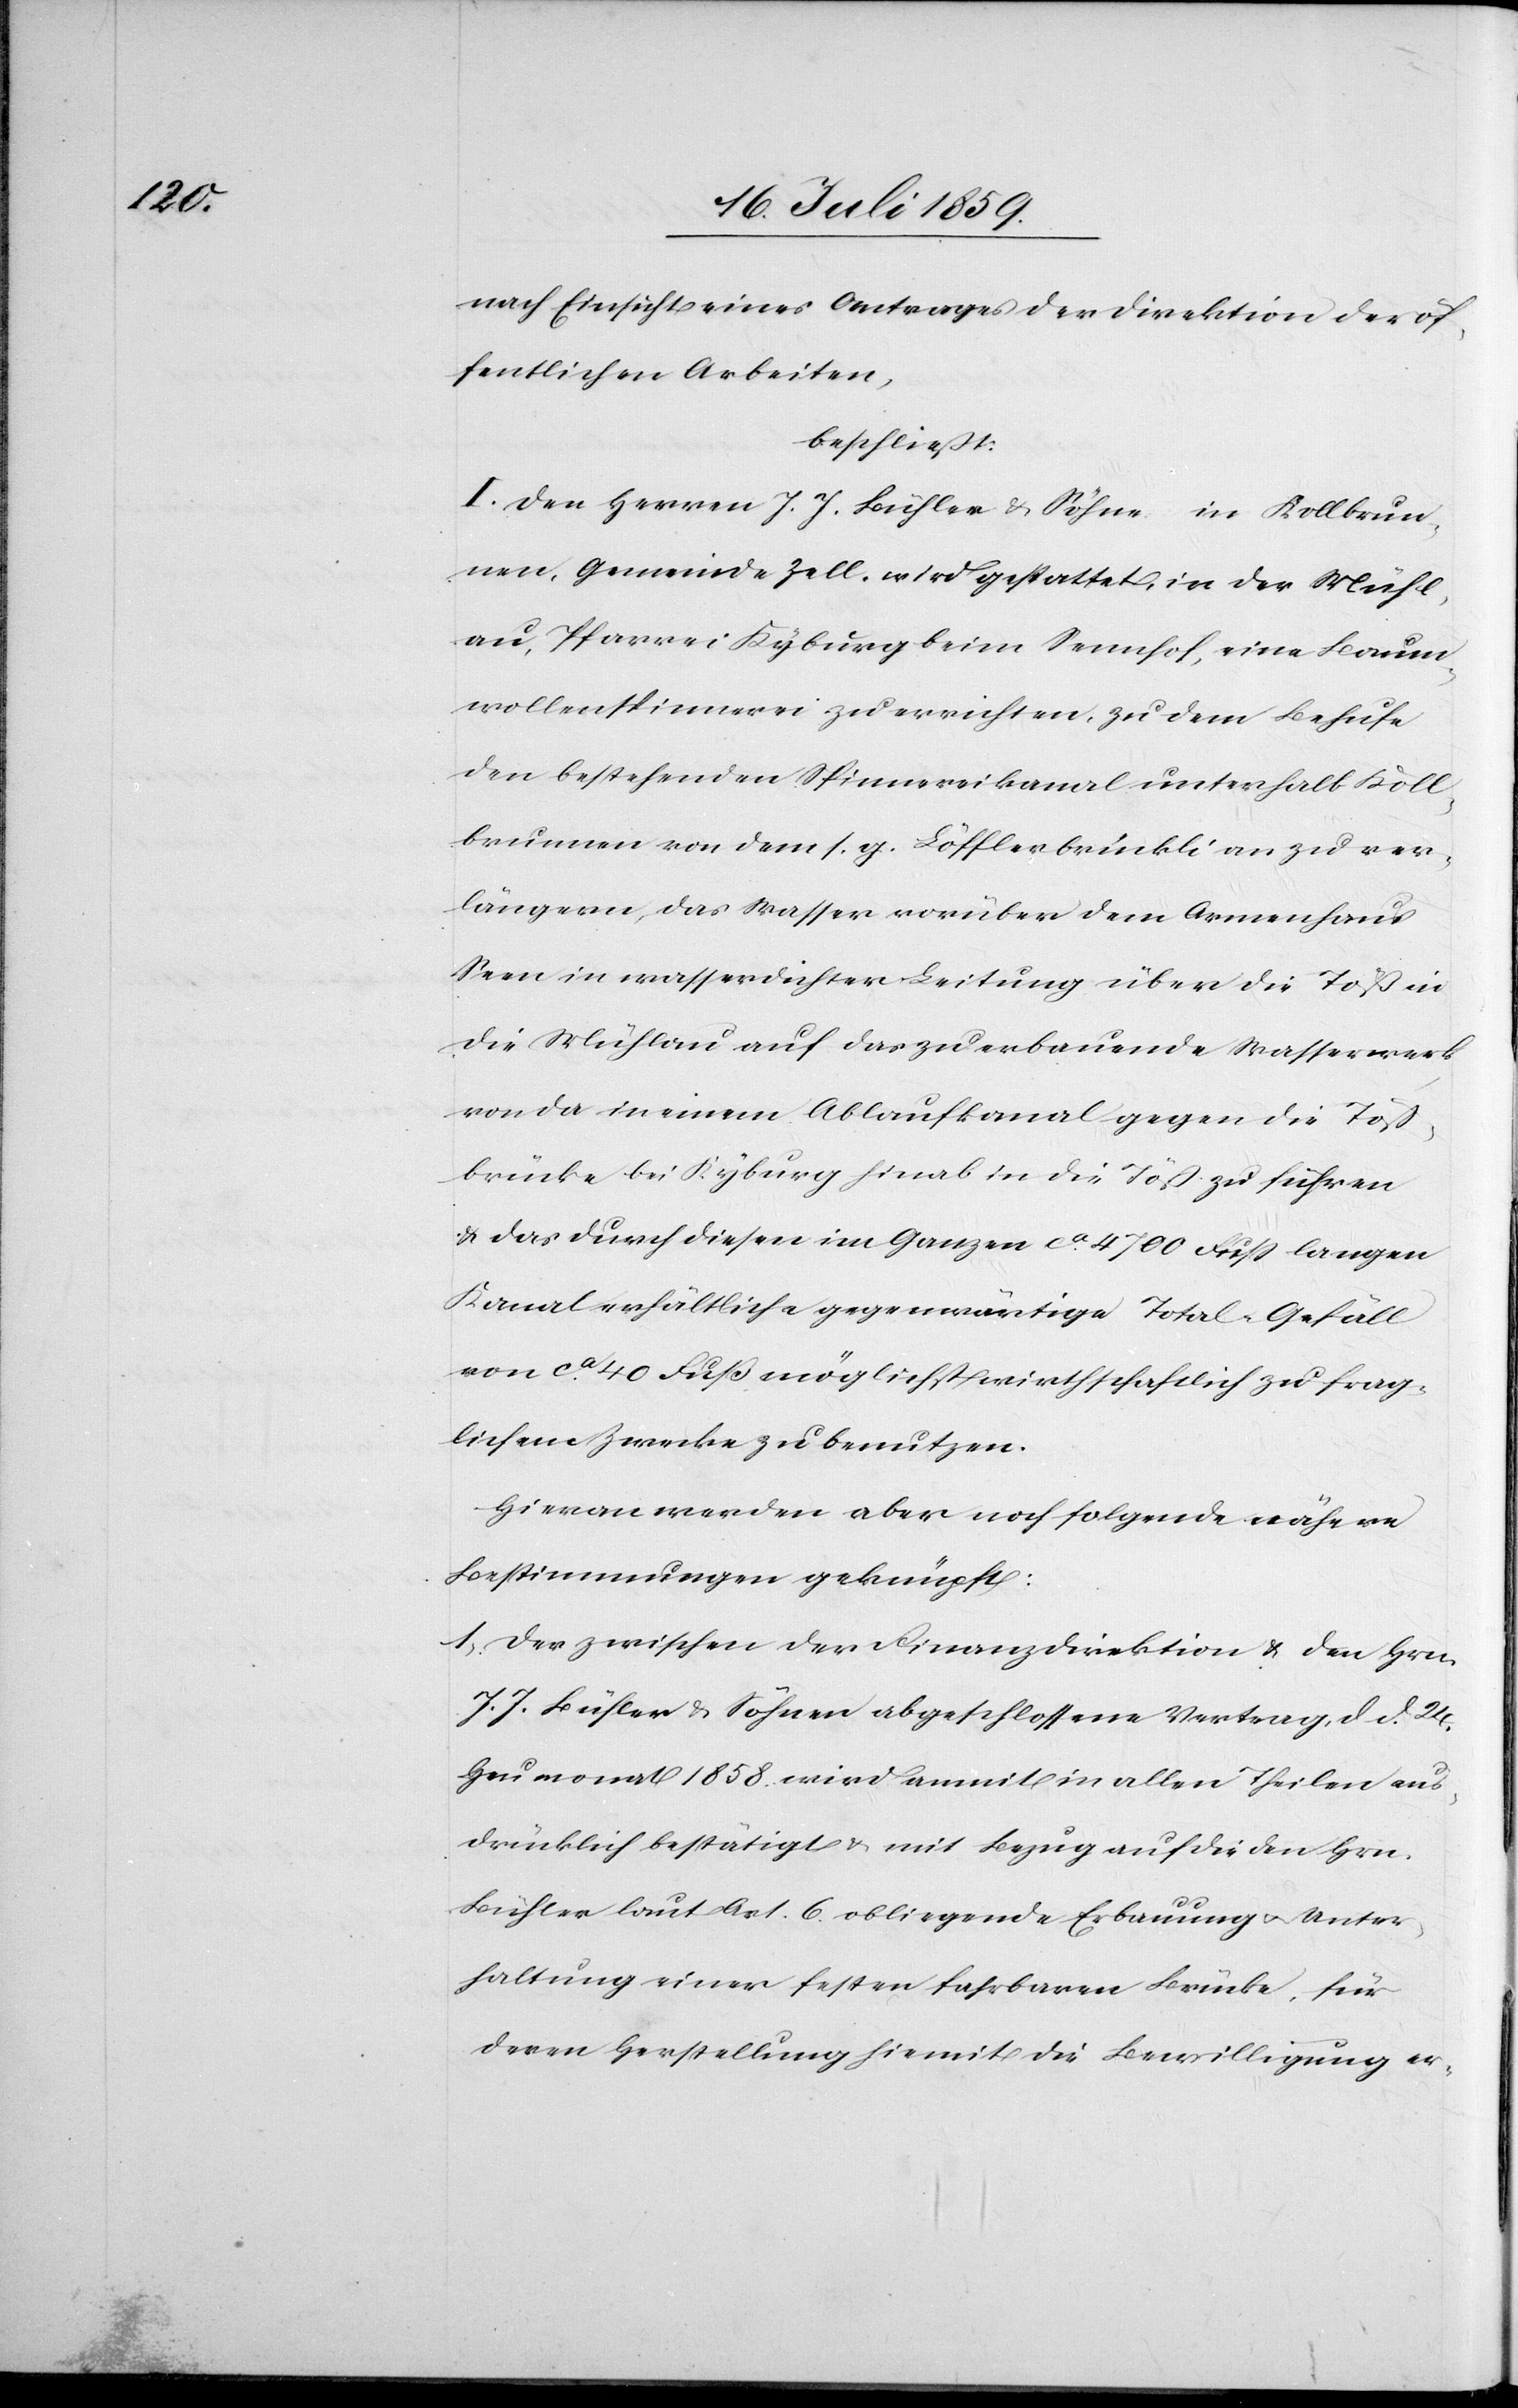
nach Einsicht eines Antrages der Direktion der öf¬
fentlichen Arbeiten,
beschließt:
I. Den Herren J. J. Bühler & Söhne in Kollbrun¬
nen, Gemeinde Zell, wird gestattet, in der Mühl¬
au, Pfarrei Kyburg beim Sennhof, eine Baum¬
wollenspinnerei zu errichten, zu dem Behufe
den bestehenden Spinnereikanal unterhalb Koll¬
brunnen von dem s. g. Löfflerbrückli an zu ver¬
längern, das Wasser vorüber dem Armenhaus
Seen in wasserdichter Leitung über die Töß in
die Mühlau auf das zu erbauende Wasserwerk
von da in einem Ablaufkanal gegen die Töß¬
brücke bei Kyburg hinab in die Töß zu führen
u. das durch diesen im Ganzen ca. 4700 Fuß langen
Kanal erhältliche gegenwärtige Total-Gefäll
von ca. 40 Fuß möglichst wirthschaftlich zu frag¬
lichem Zwecke zu benutzen.
Hieran werden aber noch folgende nähere
Bestimmungen geknüpft:
1. Der zwischen der Finanzdirektion u. den Hrn.
J. J. Bühler u. Söhnen abgeschlossene Vertrag, d. d. 24.
Heumonat 1858. wird anmit in allen Theilen aus¬
drücklich bestätigt u. mit Bezug auf die den Hrn.
Bühler laut Art. 6. obliegende Erbauung u. Unter¬
haltung einer festen fahrbaren Brücke, für
deren Herstellung hiemit die Bewilligung er-